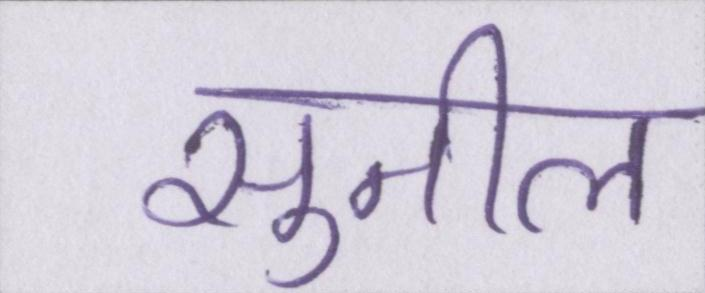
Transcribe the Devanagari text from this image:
सुनील